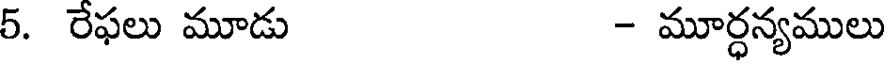
5. రేఫలు మూడు - మూర్ధన్యములు